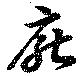
厭